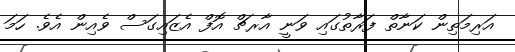
އަރިމަތިން ކަނާތް ފަރާތުގައި ވަނީ އާރޗް އޮފް އެޒައިގަސް ވެއިން އެވެ. ހަމަ